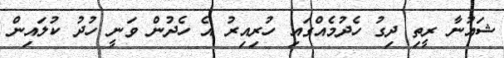
ޝައުނާ ރީތި ދިގު ހެދުމެއްގައި ހުރިއިރު އެ ހެދުން ވަނީ ހުދު ކުލައިން